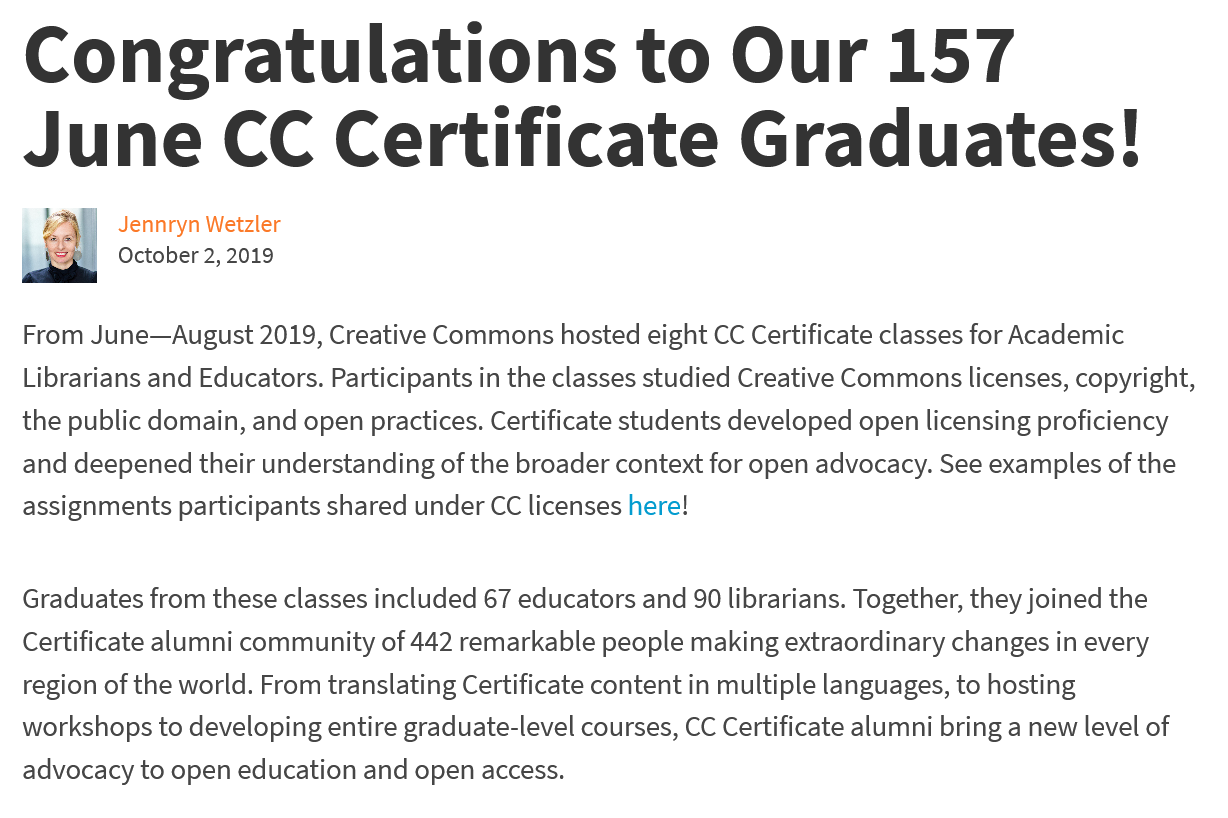
Congratulations    to    Our    157
  June    CC    Certificate    Graduates!
  From June—August  2019, Creative Commons hosted eight CC Certificate classes for Academic
  Librarians and Educators. Participants in the classes studied Creative Commons licenses, copyright,
  the public domain, and open practices. Certificate students developed open licensing proficiency
  and deepened their understanding of the broader context for open advocacy. See examples of the
  assignments participants shared under CC licenses here!
  Graduates from these classes included 67 educators and 90 librarians. Together, they joined the
  Certificate alumni community of 442 remarkable people making extraordinary changes in every
  region of the world. From translating Certificate content in multiple languages, to hosting
  workshops to developing entire graduate-level courses, CC Certificate alumni bring a new level of
  advocacy to open education and open access.
     Jennryn Wetzler
     October 2, 2019